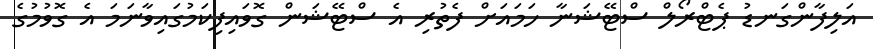
އަލިފާންގަނޑު ޕެޓްރޯލް ސްޓޭޝަނާ ހަމައަށް ފެތުރި އެ ސްޓޭޝަން ގޮވައިފިކަމުގައިވާނަމަ އެ ގޮވުމުގެ